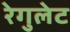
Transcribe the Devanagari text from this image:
रेगुलेट